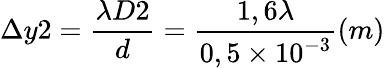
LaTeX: \Delta y2=\frac{\lambda D2}{d}=\frac{1,6\lambda}{0,5\times 10^{-3}}(m)